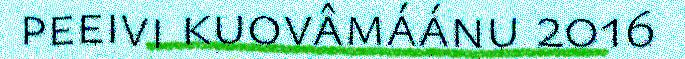
peeivi kuovâmáánu 2016